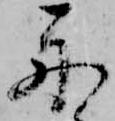
舟